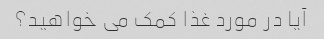
آیا در مورد غذا کمک می خواهید؟